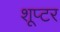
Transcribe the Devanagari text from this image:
शूप्टर